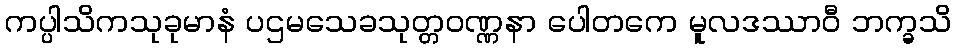
ကပ္ပါသိကသုခုမာနံ ပဌမသေခသုတ္တဝဏ္ဏနာ ပေါတကေ မူလဒဿာဝီ ဘက္ခသိ